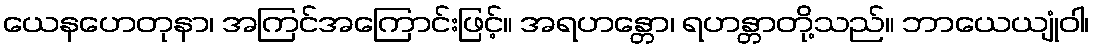
ယေနဟေတုနာ၊ အကြင်အကြောင်းဖြင့်။ အရဟန္တော၊ ရဟန္တာတို့သည်။ ဘာယေယျုံဝါ၊